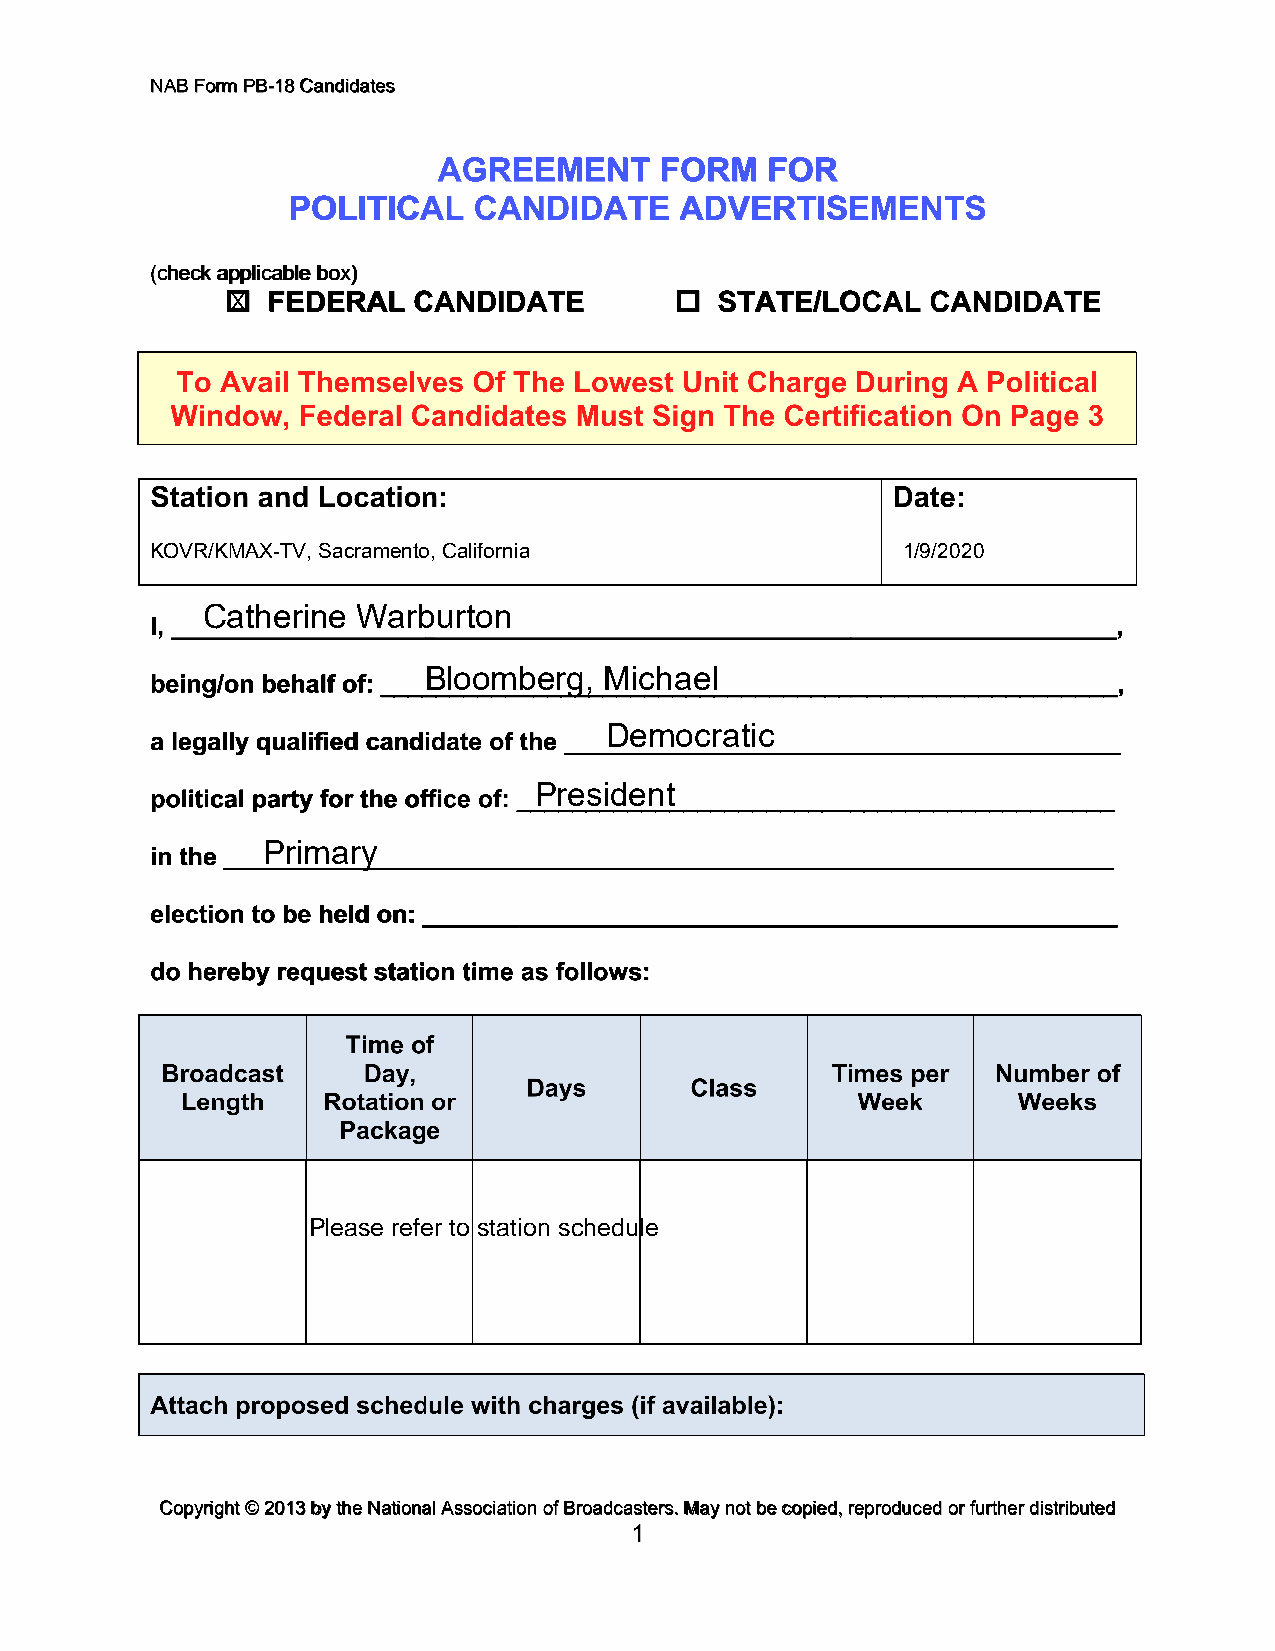
(cid:49)(cid:36)(cid:37)(cid:3)(cid:41)(cid:82)(cid:85)(cid:80)(cid:3)(cid:51)(cid:37)(cid:16)(cid:20)(cid:27)(cid:3)(cid:38)(cid:68)(cid:81)(cid:71)(cid:76)(cid:71)(cid:68)(cid:87)(cid:72)(cid:86)
 (cid:11)(cid:70)(cid:75)(cid:72)(cid:70)(cid:78)(cid:3)(cid:68)(cid:83)(cid:83)(cid:79)(cid:76)(cid:70)(cid:68)(cid:69)(cid:79)(cid:72)(cid:3)(cid:69)(cid:82)(cid:91)(cid:12)(cid:3)
 X
 Catherine  Warburton
 Bloomberg,  Michael
 Democratic
 President
 Primary
 (cid:38)(cid:82)(cid:83)(cid:92)(cid:85)(cid:76)(cid:74)(cid:75)(cid:87)(cid:3)(cid:139)(cid:3)(cid:21)(cid:19)(cid:20)(cid:22)(cid:3)(cid:69)(cid:92)(cid:3)(cid:87)(cid:75)(cid:72)(cid:3)(cid:49)(cid:68)(cid:87)(cid:76)(cid:82)(cid:81)(cid:68)(cid:79)(cid:3)(cid:36)(cid:86)(cid:86)(cid:82)(cid:70)(cid:76)(cid:68)(cid:87)(cid:76)(cid:82)(cid:81)(cid:3)(cid:82)(cid:73)(cid:3)(cid:37)(cid:85)(cid:82)(cid:68)(cid:71)(cid:70)(cid:68)(cid:86)(cid:87)(cid:72)(cid:85)(cid:86)(cid:17)(cid:3)(cid:48)(cid:68)(cid:92)(cid:3)(cid:81)(cid:82)(cid:87)(cid:3)(cid:69)(cid:72)(cid:3)(cid:70)(cid:82)(cid:83)(cid:76)(cid:72)(cid:71)(cid:15)(cid:3)(cid:85)(cid:72)(cid:83)(cid:85)(cid:82)(cid:71)(cid:88)(cid:70)(cid:72)(cid:71)(cid:3)(cid:82)(cid:85)(cid:3)(cid:73)(cid:88)(cid:85)(cid:87)(cid:75)(cid:72)(cid:85)(cid:3)(cid:71)(cid:76)(cid:86)(cid:87)(cid:85)(cid:76)(cid:69)(cid:88)(cid:87)(cid:72)(cid:71)
 (cid:20)(cid:3)